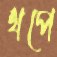
থপে